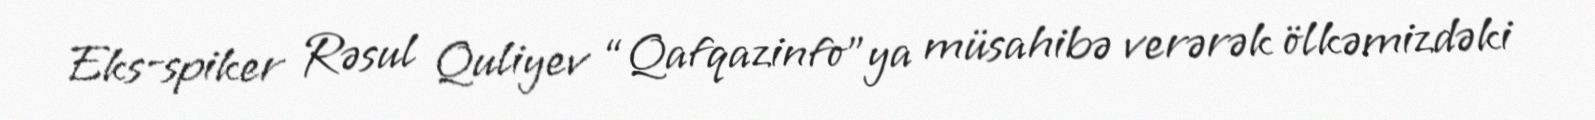
Eks-spiker Rəsul Quliyev “Qafqazinfo”ya müsahibə verərək ölkəmizdəki